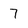
Character: 7